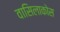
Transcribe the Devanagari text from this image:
वासिलाकोस